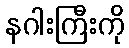
နဂါးကြီးကို